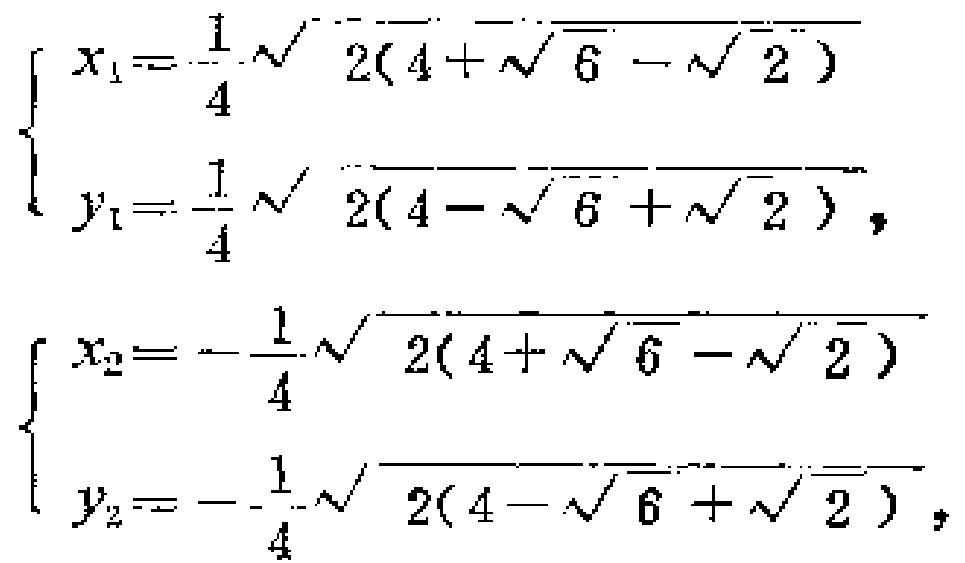
\[
\begin{cases}
x_{1}=\frac{1}{4}\sqrt{2(4 + \sqrt{6}-\sqrt{2})}\\
y_{1}=\frac{1}{4}\sqrt{2(4-\sqrt{6}+\sqrt{2})},
\end{cases}
\]
\[
\begin{cases}
x_{2}=-\frac{1}{4}\sqrt{2(4 + \sqrt{6}-\sqrt{2})}\\
y_{2}=-\frac{1}{4}\sqrt{2(4-\sqrt{6}+\sqrt{2})},
\end{cases}
\]